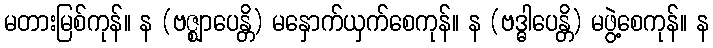
မတားမြစ်ကုန်။ န (ဗဇ္ဈာပေန္တိ) မနှောက်ယှက်စေကုန်။ န (ဗဒ္ဓါပေန္တိ) မဖွဲ့စေကုန်။ န